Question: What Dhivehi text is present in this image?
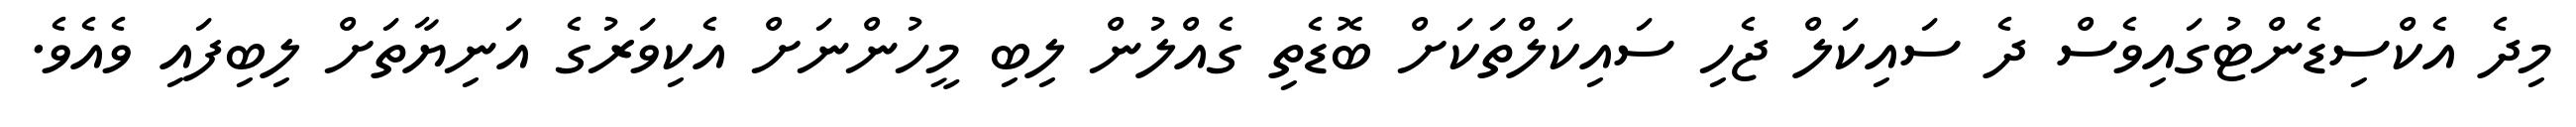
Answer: މިދެ އެކްސިޑެންޓުގައިވެސް ދެ ސައިކަލް ޖެހި ސައިކަލްތަކަށް ބޮޑެތި ގެއްލުން ލިބި މީހުންނަށް އެކިވަރުގެ އަނިޔާތަށް ލިބިފައި ވެއެވެ.